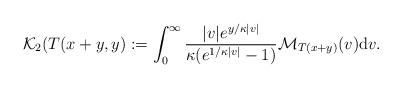
LaTeX: \begin{align*}\mathcal{K}_2(T(x+y,y):=\int_{0}^{\infty} \frac{|v| e^{y/\kappa |v|}}{\kappa (e^{1/\kappa|v|}-1)} \mathcal{M}_{T(x+y)} (v) \mathrm{d}v. \end{align*}